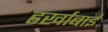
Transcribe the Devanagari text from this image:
हर्खाबाई